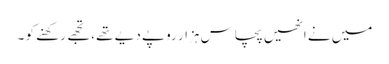
میں نے انھیں پچاس ہزار روپے دیے تھے ، تجھے رکھنے کو ۔